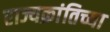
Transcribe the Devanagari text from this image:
राज्यक्रांतिच्या